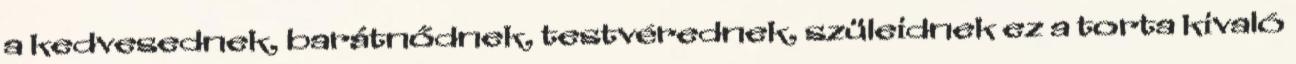
a kedvesednek, barátnődnek, testvérednek, szüleidnek ez a torta kivaló